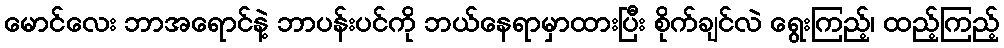
မောင်လေး ဘာအရောင်နဲ့ ဘာပန်းပင်ကို ဘယ်နေရာမှာထားပြီး စိုက်ချင်လဲ ရွေးကြည့်၊ ထည့်ကြည့်